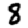
Digit: 8